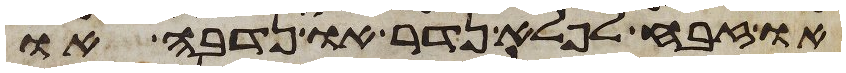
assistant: או זבח לפלא נדר או נדבה או